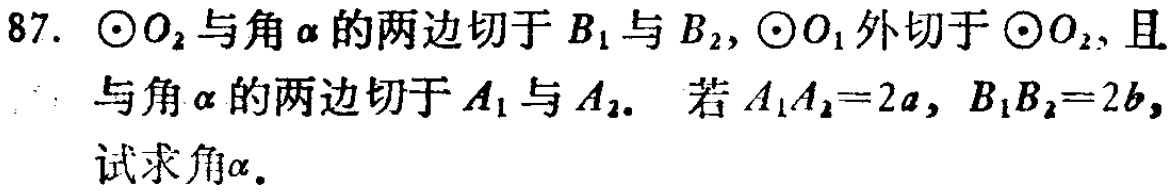
87. $\odot O_{2}$与角$\alpha$的两边切于$B_{1}$与$B_{2}$，$\odot O_{1}$外切于$\odot O_{2}$，且与角$\alpha$的两边切于$A_{1}$与$A_{2}$. 若$A_{1}A_{2}=2a$，$B_{1}B_{2}=2b$，试求角$\alpha$.